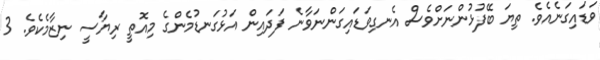
ވަޑައިގަނެއެވެ. ތިޔަ ބޭފުޅުންނަށްވެސް އެނގިވަޑައިގަންނަވާނެ ފަދައިން އަޅުގަނޑުމެންގެ މިއޮތީ ރިޔާސީ ނިޒާމެކެވެ. 3